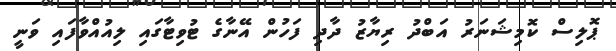
ޕޮލިސް ކޮމިޝަނަރު އަބްދު ރިޔާޒު ދާދި ފަހުން އޭނާގެ ޓުވިޓާގައި ލިއުއްވާފައި ވަނީ